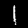
Label: 1